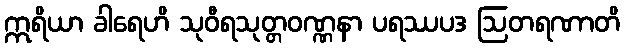
ဣရိယာ ခါရေဟိ သုဝီရသုတ္တဝဏ္ဏနာ ပရဿပဒ ဩတရဏာတိ